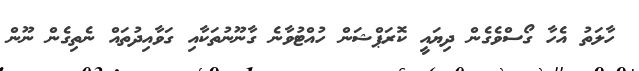
ހާލަތު އެހާ ގޯސްވެގެން ދިޔައީ ކޮރަޕްޝަން ހުއްޓުވާނެ ގާނޫނުތަކާއި ގަވާއިދުތައް ނެތިގެން ނޫން